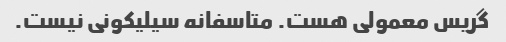
گریس معمولی هست. متاسفانه سیلیکونی نیست.